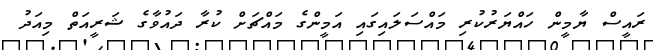
ރައީސް ޔާމީން ހައްޔަރުކުރި މައްސަލައިގައި އަމީންގެ މައްޗަށް ކުރާ ދައުވާގެ ޝަރީއަތް މިއަދު